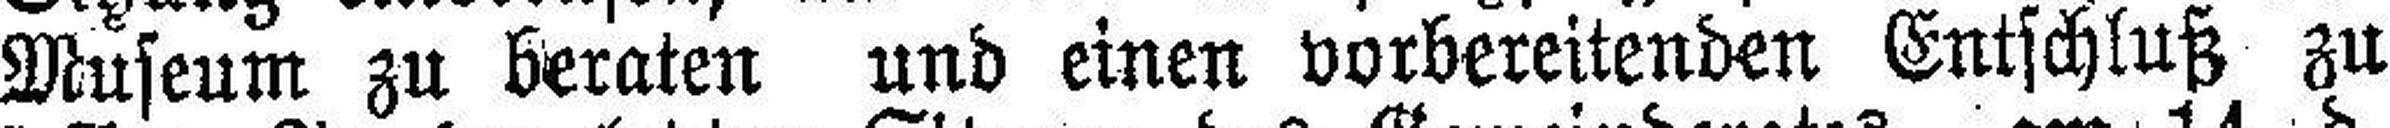
Museum zu beraten und einen vorbereitenden Entschluß zu